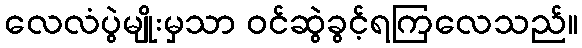
လေလံပွဲမျိုးမှသာ ဝင်ဆွဲခွင့်ရကြလေသည်။